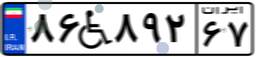
۹۱W۶۸۳۹۷